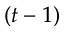
( t - 1 )